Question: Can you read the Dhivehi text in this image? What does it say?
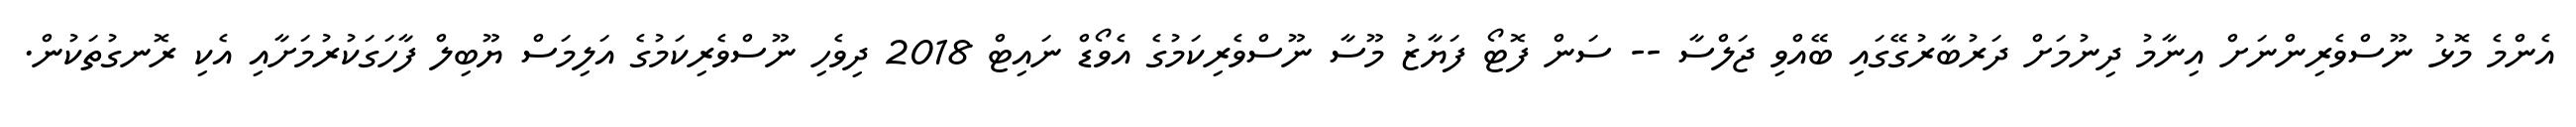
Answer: އެންމެ މޮޅު ނޫސްވެރިންނަށް އިނާމު ދިނުމަށް ދަރުބާރުގޭގައި ބޭއްވި ޖަލްސާ -- ސަން ފޮޓޯ ފަޔާޒު މޫސާ ނޫސްވެރިކަމުގެ އެވޯޑް ނައިޓް 2018 ދިވެހި ނޫސްވެރިކަމުގެ އަލިމަސް ޔޫބިލް ފާހަގަކުރުމަށާއި އެކި ރޮނގުތަކުން.